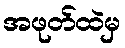
အဖုတ်ထဲမှ